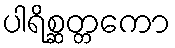
ပါရိစ္ဆတ္တကော